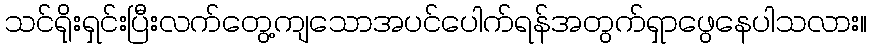
သင်ရိုးရှင်းပြီးလက်တွေ့ကျသောအပင်ပေါက်ရန်အတွက်ရှာဖွေနေပါသလား။